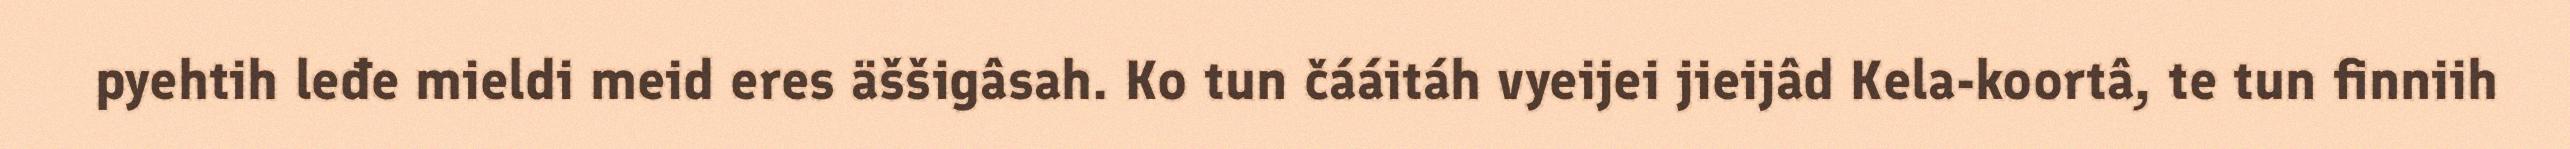
pyehtih leđe mieldi meid eres äššigâsah. Ko tun čááitáh vyeijei jieijâd Kela-koortâ, te tun finniih